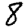
Digit: 8